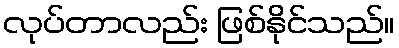
လုပ်တာလည်း ဖြစ်နိုင်သည်။